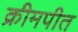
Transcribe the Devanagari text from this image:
क्रीमपीत